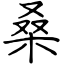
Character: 桑